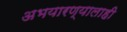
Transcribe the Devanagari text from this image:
अभयारण्यालाही